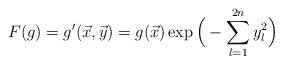
LaTeX: \begin{align*}F(g)=g'(\vec{x},\vec{y})=g(\vec{x})\exp\Big(-\sum^{2n}_{l=1}y^{2}_{l}\Big)\end{align*}